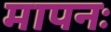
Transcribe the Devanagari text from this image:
मापनः